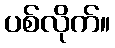
ပစ်လိုက်။